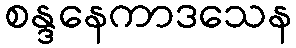
စန္ဒနေကာဒသေန